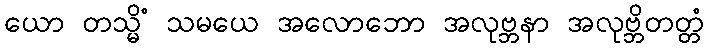
ယော တသ္မိံ သမယေ အလောဘော အလုဗ္ဘနာ အလုဗ္ဘိတတ္တံ